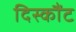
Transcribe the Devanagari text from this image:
दिस्कौंट